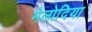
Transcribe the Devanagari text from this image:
मेलोदिया